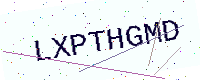
Text: LXPTHGMD